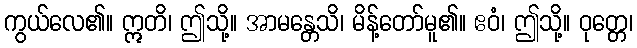
ကွယ်လေ၏။ ဣတိ၊ ဤသို့။ အာမန္တေသိ၊ မိန့်တော်မူ၏။ ဧဝံ၊ ဤသို့။ ဝုတ္တေ၊